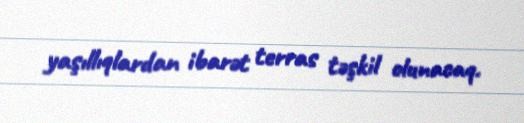
yaşıllıqlardan ibarət terras təşkil olunacaq.